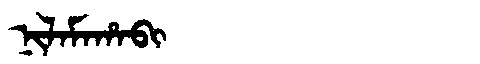
Manchu: ᠨᡳᠯᠠᠮᠠᡥᠠᠪᡳ
Romanization: NILAMAHABI